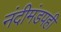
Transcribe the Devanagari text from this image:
नंदीमंडपही